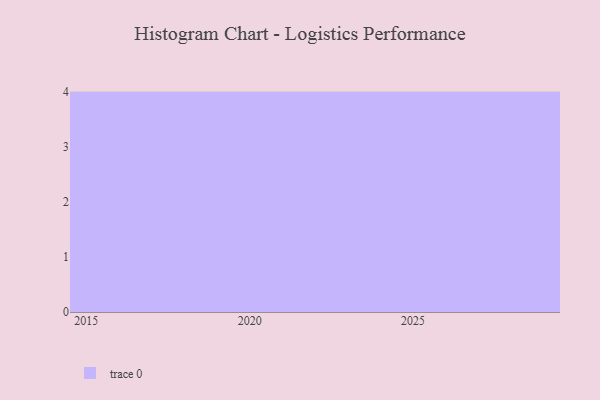
{"axis": {"x": "Year", "y": "Production Output"}, "legend": [""], "data": [{"x": "2027", "y": 75, "type": ""}, {"x": "2016", "y": 58, "type": ""}, {"x": "2028", "y": 18, "type": ""}, {"x": "2025", "y": 99, "type": ""}, {"x": "2019", "y": 19, "type": ""}, {"x": "2024", "y": 36, "type": ""}, {"x": "2015", "y": 34, "type": ""}, {"x": "2017", "y": 87, "type": ""}, {"x": "2022", "y": 84, "type": ""}, {"x": "2023", "y": 51, "type": ""}, {"x": "2020", "y": 58, "type": ""}, {"x": "2026", "y": 12, "type": ""}]}